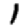
Digit: 1